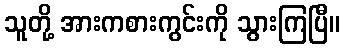
သူတို့ အားကစားကွင်းကို သွားကြပြီ။